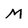
Character: M